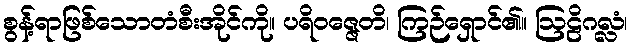
စွန့်ရာဖြစ်သောတံစီးအိုင်ကို။ ပရိဝဇ္ဇေတိ၊ ကြဉ်ရှောင်၏။ ဩဠိဂလ္လံ၊